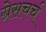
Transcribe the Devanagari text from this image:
ग्रेसचर्च